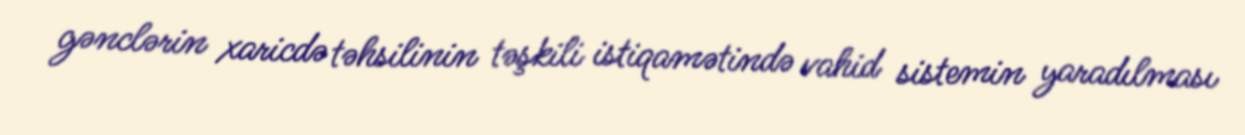
gənclərin xaricdə təhsilinin təşkili istiqamətində vahid sistemin yaradılması